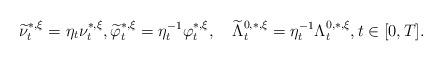
LaTeX: \begin{align*}\widetilde{\nu}_t^{*,\xi}=\eta_t \nu_t^{*,\xi},\widetilde{\varphi}_t^{*,\xi}=\eta^{-1}_t\varphi_t^{*,\xi} ,\quad\widetilde{\Lambda}_t^{0,*,\xi}=\eta^{-1}_t\Lambda_t^{0,*,\xi}, t\in[0,T].\end{align*}